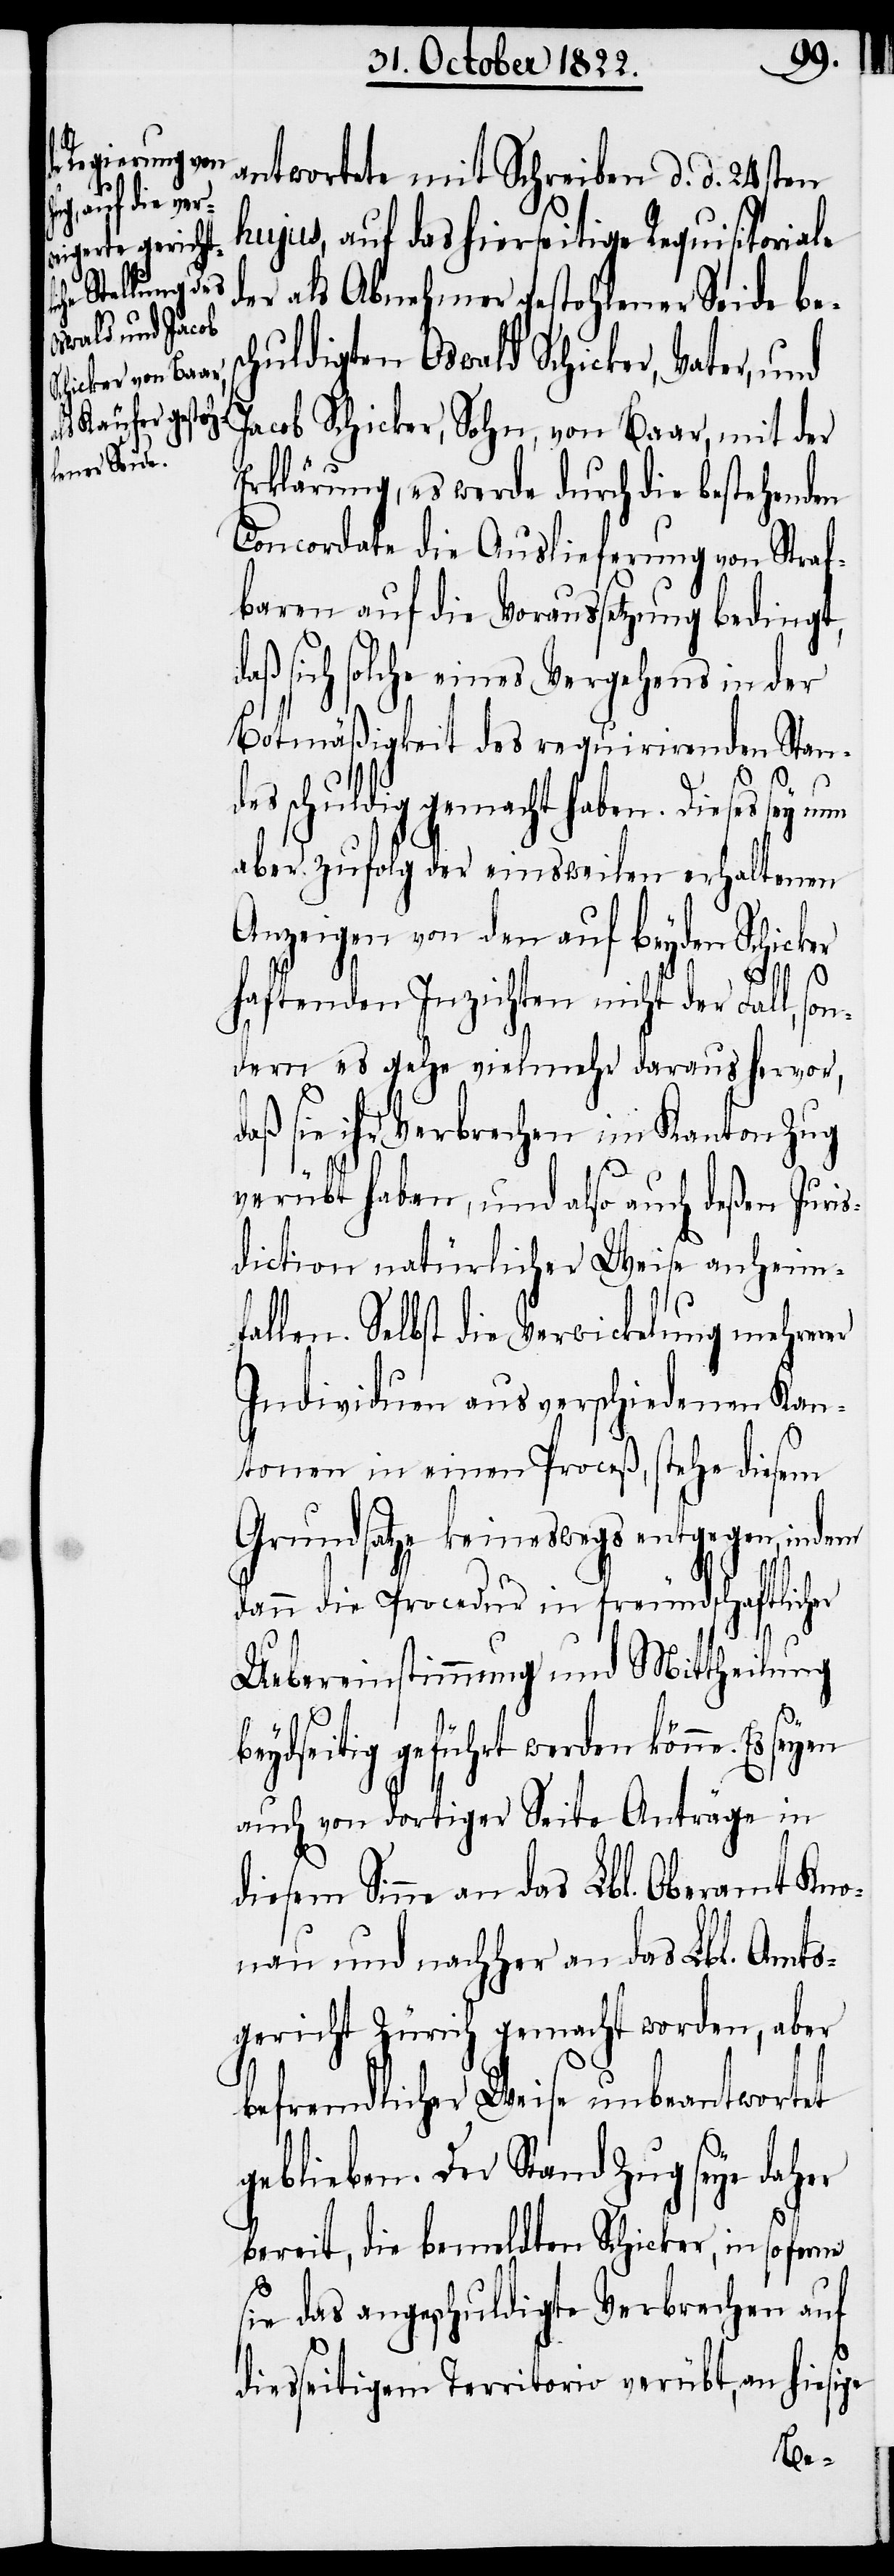
antwortete mit Schreiben d. d. 24sten
hujus, auf das hierseitige Requisitoriale
der als Abnehmer gestohlener Seide bes¬
chuldigten Oswald Schicker, Vater, und
Jacob Schicker, Sohn, von Baar, mit der
Erklärung, es werde durch die bestehenden
Concordate die Auslieferung von Straf¬
baren auf die Voraussetzung bedingt,
sich solche eines Vergehens in der
Botmäßigkeit des requirirenden Stan¬
schuldig gemacht haben. Dieses
aber zufolg der einsweilen erhaltenen
Anzeigen von den auf beyden Schicker
haftenden Inzichten nicht der Fall, so¬
ndern es gehe vielmehr daraus hervor,
daß sie ihr Verbrechen im Kanton Zug
verübt haben, und also auch deßen Juri¬
sdiction natürlicher Weise anheimf¬
allen. Selbst die Verwickelung mehrerer
Individuen aus verschiedenen Kan¬
tonen in einen Proceß, stehe diesem
Grundsatze keineswegs entgegen, indem
dann die Procedur in freundschaftlicher
Uebereinstimung und Mittheilung
beydseitig geführt werden könne.
auch von dortiger Seite Anträge in
diesem Sinne an das Lbl. Oberamt Kno¬
nau und nachher an das Lbl. Amts¬
gericht Zürich gemacht worden, aber
befremdlicher Weise unbeantwortet
geblieben. Der Stand Zug seye daher
des
bereit, die bemeldten Schicker, in so
sie das angeschuldigte Verbrechen auf
diesseitigem Territorio verübt, an hiesige